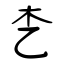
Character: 朰